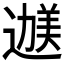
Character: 𬩇